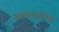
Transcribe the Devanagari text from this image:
फ्लोरोबोरिक